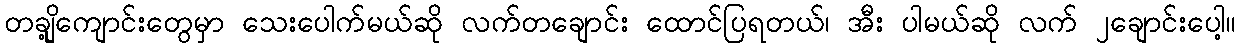
တချို့ကျောင်းတွေမှာ သေးပေါက်မယ်ဆို လက်တချောင်း ထောင်ပြရတယ်၊ အီး ပါမယ်ဆို လက် ၂ချောင်းပေါ့။